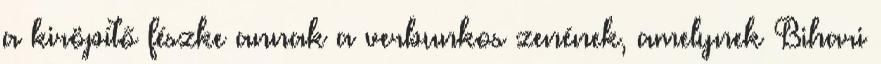
a kiröpítő fészke annak a verbunkos zenének, amelynek Bihari